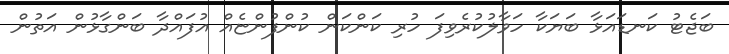
ބަޖެޓު ކަނޑައަޅާ ބަޔަކާ ހަވާލުކުރެވިފަ ހުރި ކަންކަން ކުންފުންޏެއް އުފައްދާ ބަންގާޅުން އަތުން